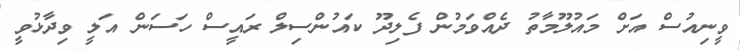
ވީނިއުސް އަށް މައުލޫމާތު ދެއްވަމުން ފެލިދޫ ކައުންސިލް ރައީސް ހަސަން އަލީ ވިދާޅުވީ